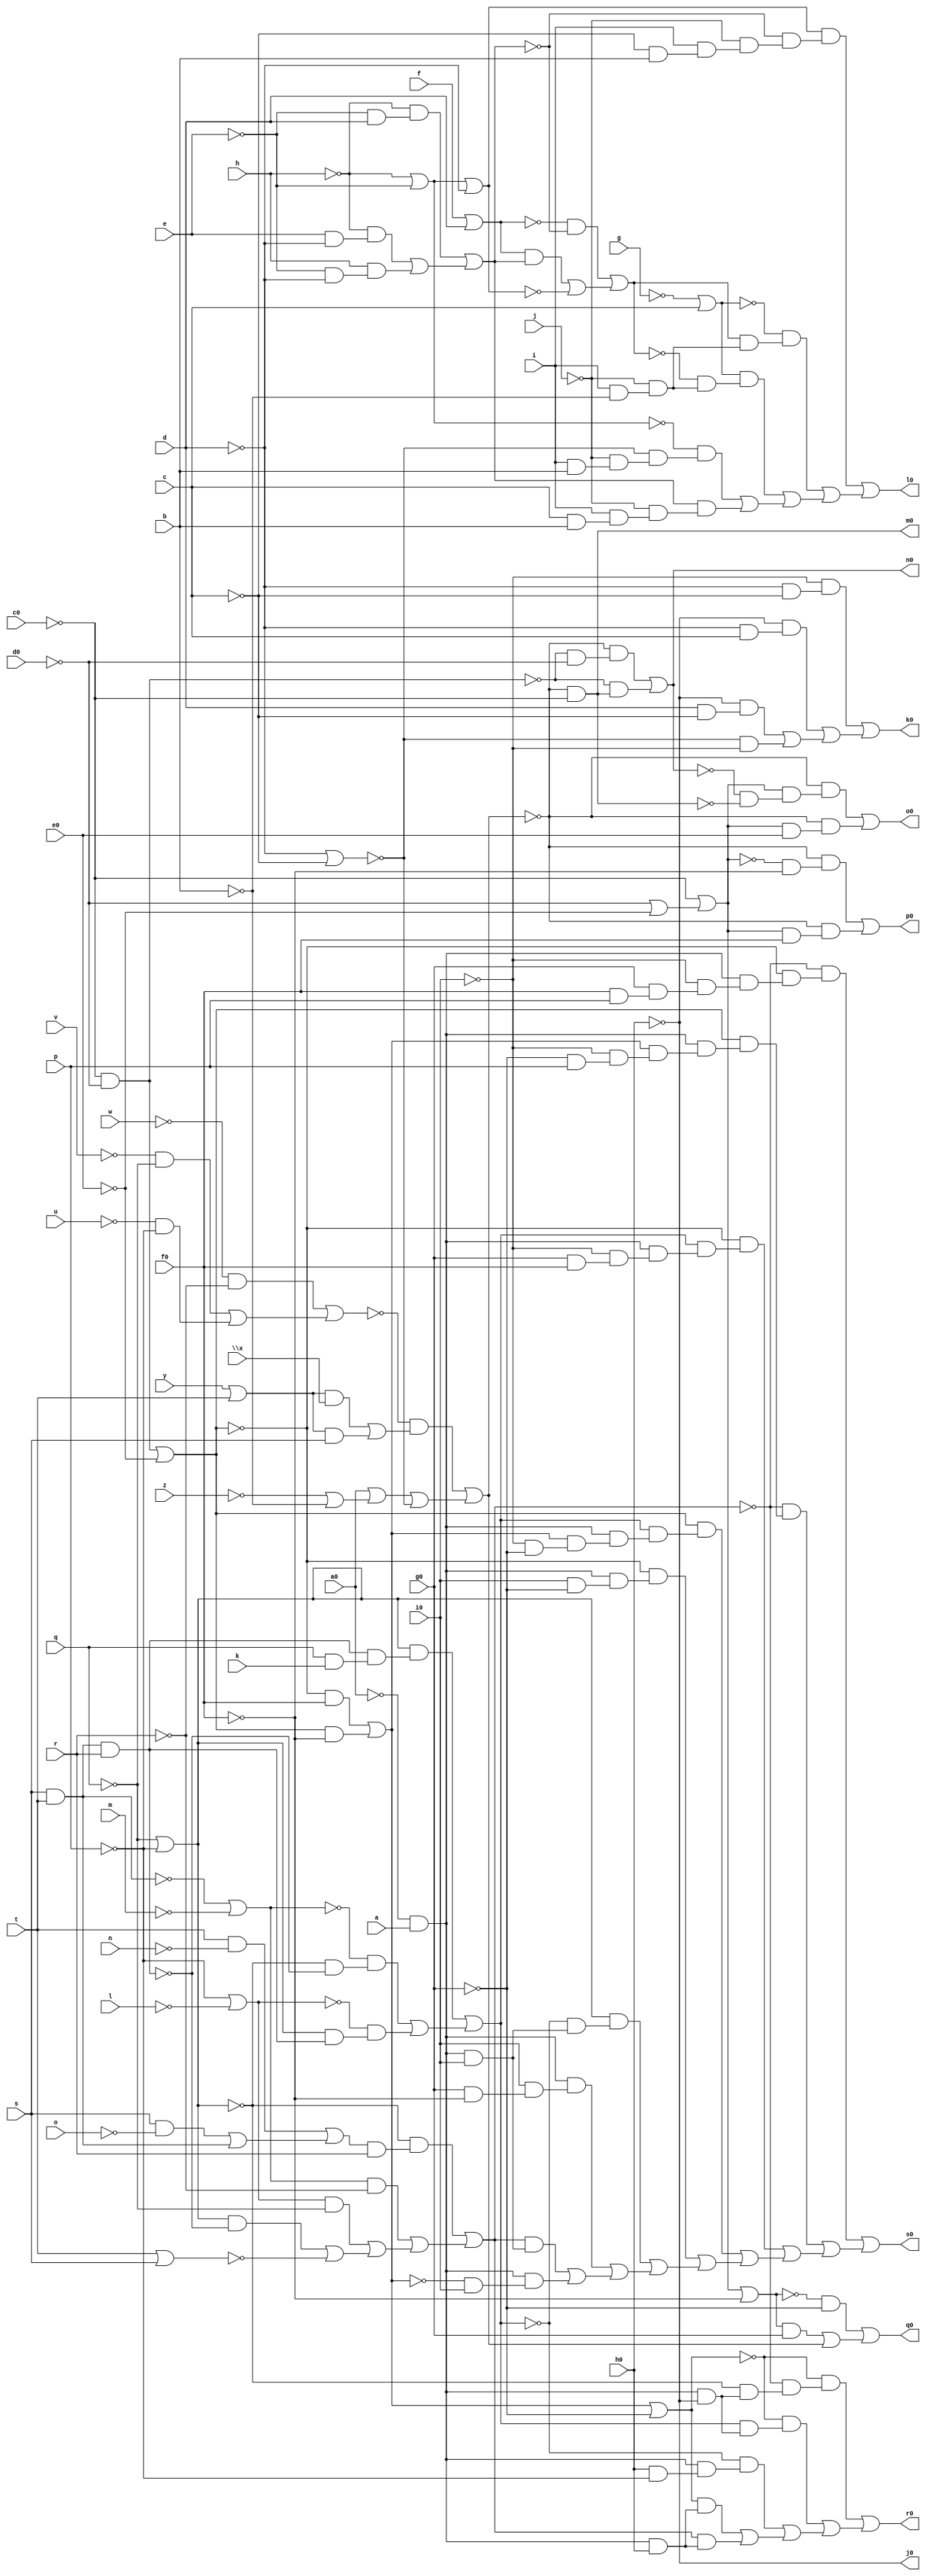
// IWLS benchmark module "term1" printed on Wed May 29 17:29:21 2002
module term1(a, b, c, d, e, f, g, h, i, j, k, l, m, n, o, p, q, r, s, t, u, v, w, \x , y, z, a0, c0, d0, e0, f0, g0, h0, i0, j0, k0, l0, m0, n0, o0, p0, q0, r0, s0);
input
  g0,
  h0,
  i0,
  a,
  b,
  c,
  d,
  e,
  f,
  g,
  h,
  i,
  j,
  k,
  l,
  m,
  n,
  o,
  p,
  q,
  r,
  s,
  t,
  u,
  v,
  w,
  \x ,
  y,
  z,
  a0,
  c0,
  d0,
  e0,
  f0;
output
  j0,
  k0,
  l0,
  m0,
  n0,
  o0,
  p0,
  q0,
  r0,
  s0;
wire
  f5,
  \[26] ,
  \[27] ,
  i7,
  \[43] ,
  \[10] ,
  \[45] ,
  \[11] ,
  \[46] ,
  \[12] ,
  n4,
  \[48] ,
  \[14] ,
  p4,
  \[0] ,
  \[15] ,
  \[30] ,
  \[1] ,
  \[2] ,
  \[17] ,
  \[3] ,
  s5,
  \[18] ,
  \[33] ,
  \[4] ,
  \[5] ,
  \[6] ,
  \[7] ,
  w5,
  \[8] ,
  \[9] ,
  z2,
  \[39] ,
  \[21] ,
  b7,
  c3,
  \[22] ,
  c6,
  \[23] ;
assign
  f5 = ~c0 & ~d0,
  \[26]  = \[21]  | ~d,
  \[27]  = ~g | c,
  i7 = (~\[48]  & ~b7) | ((\[48]  & b7) | ~\[26] ),
  \[43]  = (~\[18]  & (n4 & r)) | ((\[23]  & ~r) | ((\[22]  & ~q) | ((\[18]  & ~s5) | ~\[12] ))),
  j0 = \[0] ,
  k0 = \[1] ,
  \[10]  = ~a0 & a,
  \[45]  = z2 | ~f0,
  l0 = \[2] ,
  \[11]  = (~w & ~r) | ((~v & ~q) | (~u & ~p)),
  \[46]  = p4 | ~g0,
  m0 = \[3] ,
  \[12]  = t | s,
  n0 = \[4] ,
  n4 = (t & ~n) | ((s & ~o) | w5),
  \[48]  = f | d,
  o0 = \[5] ,
  \[14]  = ~d | ~c,
  p0 = \[6] ,
  p4 = (~\[39]  & f0) | (\[39]  & ~f0),
  \[0]  = ~h0,
  \[15]  = (\[18]  & (s5 & (q & k))) | ((~\[23]  & (~\[18]  & ~s5)) | (~\[22]  & (\[18]  & s5))),
  q0 = \[7] ,
  \[30]  = (~\[11]  & c3) | (\[17]  | ~\[14] ),
  \[1]  = (~i0 & (~d & ~c)) | ((~h0 & (~d & c)) | ((~h0 & (d & ~c)) | (~\[14]  & ~i0))),
  r0 = \[8] ,
  \[2]  = (\[26]  & (~b7 & (~j & (i & (~c & b))))) | ((~\[27]  & (i7 & (~j & (i & ~b)))) | ((\[27]  & (~i7 & (~j & (i & ~b)))) | ((~\[21]  & (~\[14]  & (~j & (i & b)))) | (b7 & (~j & (i & (c & b))))))),
  \[17]  = a0 | (~z | ~b),
  s0 = \[9] ,
  \[3]  = ~\[30]  & ~c0,
  s5 = w5 & r,
  \[18]  = ~q | ~p,
  \[33]  = y | t,
  \[4]  = (~\[30]  & (~f5 & ~d0)) | (~f5 & \[3] ),
  \[5]  = (~\[30]  & (z2 & (~\[4]  & ~\[3] ))) | (~\[30]  & (z2 & e0)),
  \[6]  = (~\[30]  & (~z2 & ~f0)) | (~\[30]  & (z2 & f0)),
  \[7]  = (~\[45]  & ~g0) | ((\[45]  & g0) | \[30] ),
  w5 = s & t,
  \[8]  = (~\[46]  & (~\[43]  & (~\[18]  & (\[10]  & ~h0)))) | ((~\[46]  & (\[15]  & (\[10]  & ~h0))) | ((~\[15]  & (\[10]  & (h0 & ~p))) | ((\[46]  & (\[10]  & h0)) | (\[43]  & (\[10]  & h0))))),
  \[9]  = (~\[43]  & (~\[39]  & (\[10]  & (~i0 & (g0 & (f0 & p)))))) | ((~\[43]  & (\[39]  & (\[10]  & (p4 & (~i0 & (~g0 & p)))))) | ((~\[39]  & (\[15]  & (\[10]  & (~i0 & (g0 & f0))))) | ((\[39]  & (\[15]  & (\[10]  & (p4 & (~i0 & ~g0))))) | ((~\[39]  & (\[10]  & (i0 & ~g0))) | ((\[18]  & (~\[15]  & (\[10]  & i0))) | ((\[10]  & (i0 & (g0 & ~f0))) | ((\[43]  & (\[10]  & i0)) | (\[10]  & (~p4 & i0))))))))),
  z2 = ~c0 | (~d0 | ~e0),
  \[39]  = f5 | ~e0,
  \[21]  = ~h | ~e,
  b7 = (~h & (~e & d)) | ((~h & (e & ~d)) | (h & (~e & ~d))),
  c3 = (\[33]  & \x ) | (\[33]  & s),
  \[22]  = ~p | ~l,
  c6 = 0,
  \[23]  = ~w5 | ~m;
endmodule